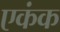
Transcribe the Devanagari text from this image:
एकंक